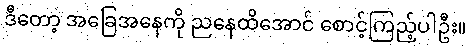
ဒီတော့ အခြေအနေကို ညနေထိအောင် စောင့်ကြည့်ပါဦး။